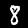
Label: 8